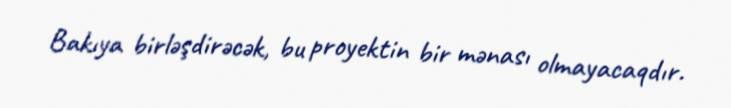
Bakıya birləşdirəcək, bu proyektin bir mənası olmayacaqdır.